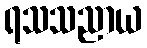
ရသသညာယ